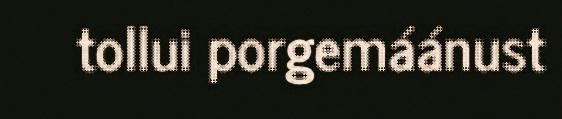
tollui porgemáánust